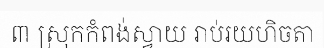
៣ ស្រុកកំពង់ស្វាយ រាប់រយហិចតា